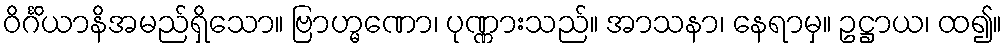
ဝိင်္ဂိယာနိအမည်ရှိသော။ ဗြာဟ္မဏော၊ ပုဏ္ဏားသည်။ အာသနာ၊ နေရာမှ။ ဥဋ္ဌာယ၊ ထ၍။